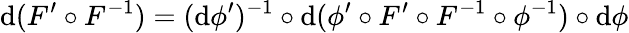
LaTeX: \mathrm{d}(F^{\prime}\circ F^{-1})=(\mathrm{d}\phi^{\prime})^{-1}\circ\mathrm{d}(\phi^{\prime}\circ F^{\prime}\circ F^{-1}\circ\phi^{-1})\circ\mathrm{d}\phi